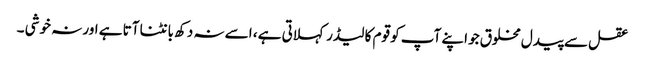
عقل سے پیدل مخلوق جو اپنے آپ کو قوم کا لیڈر کہلاتی ہے ، اسے نہ دکھ بانٹنا آتا ہے اور نہ خوشی ۔